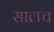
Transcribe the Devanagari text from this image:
सालच